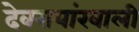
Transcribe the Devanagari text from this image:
देवरायांखाली